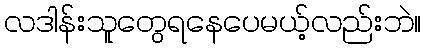
လဒါန်းသူတွေရနေပေမယ့်လည်းဘဲ။